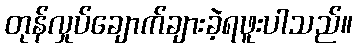
တုန်လှုပ်ချောက်ချားခဲ့ရဖူးပါသည်။